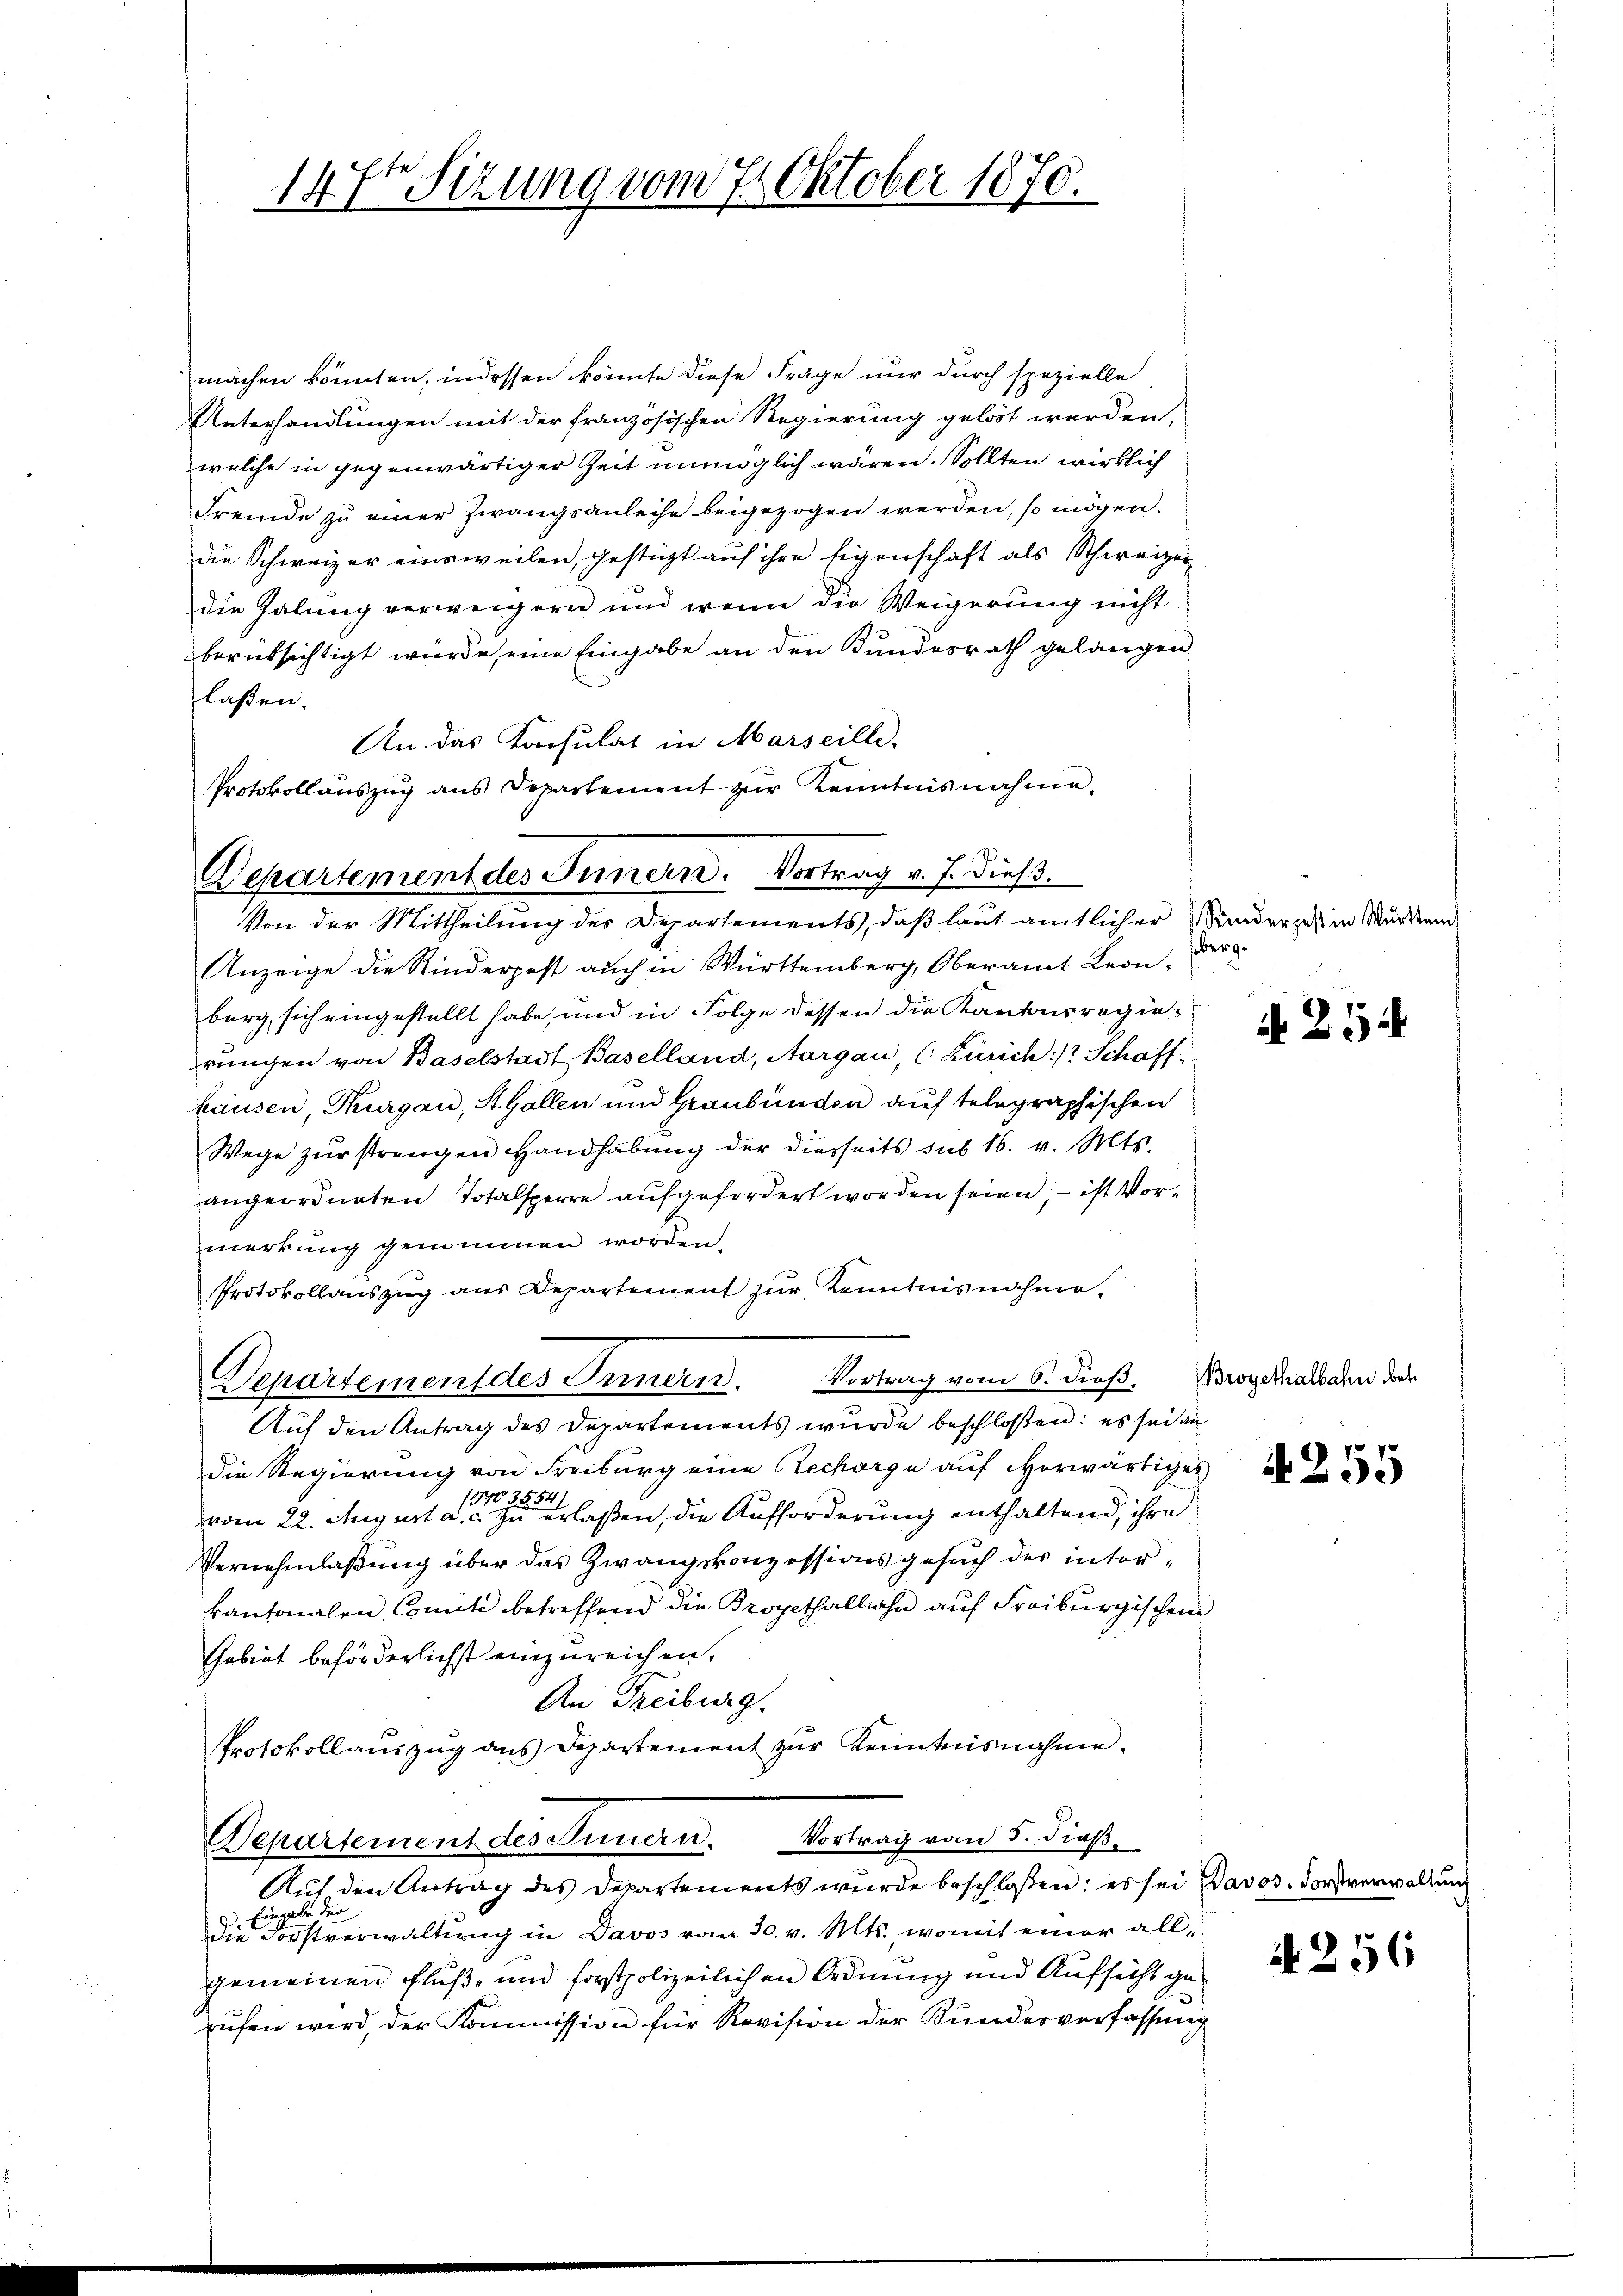
Departement des Innern. Vortrag v. J. dieß.
Von der Mittheilung des Departements, daß laut amtlicher Kinder zu in Murkam

147r Sitzung vom 7. Oktober 1870.

machen könnten, indessen könnte diese Frage nur durch spezielle
Unterhandlungen mit der französischen Regierung gelöst werden,
welche in gegenwärtiger Zeit unmöglich wären. Sollten wirklich
Fremde zu einer Zwangsanleihe beigezogen werden, so mögen.
die Schweizer einsweilen, gestützt auf ihre Eigenschaft als Schweizer-
die Zalung verweigern und wenn die Weigerung nicht
berüksichtigt wurde, eine Eingabe an den Bundesrath gelangen
lassen.
Kn. das Konsulat in Marseille.
Protokollauszug aus Departement zŭr Kenntnisnahme.

Anzeige die Rinderpest auch in Württemberg, Oberamt Leonburg, sich eingestellt habe, und in Folge dessen die Kantonsregierungen von Baselstadt Baselland, Aargau, (Zürich :/ Schaffhausen, Thurgau, St. Gallen und Graubünden auf telegraphischen
Wege zŭr strengen Handhabung der diesseits sub 16. v. Mts.
angeordneten Totalsperre aufgefordert worden seien, – ist Vormerkung genommen worden.
Protokollauszug aus Departement zur Kenntnisnahme,
Departement des Innern. Vortrag vom 6. dieß. Brogerhalbahn doch
Auf den Antrag des Departements wurde beschloßen: es sei an
die Regierung von Freiburg eine Recharge auf vorwärtiges
vom 22. August an einen zu erlaßen, die Aufforderung enthaltend, ihre
Vernehmlaßung über das Zwangskonzessionsgesuch des intorkantonalen Comite betreffend die Propethalliahn aŭf Freiburgischen
Gebiet beförderlichst einzureichen.
An Freiburg.
Protokollauszug aus Departement zur Kenntnisnahme.
Vortrag vom 5. dieß.
Departement des Innern.
Aŭf den Antrag des Departements wurde beschloßen: es sei Davos. Forstverwaltung
Eingabe der
die Forstverwaltung in Davos vom 30. v. Mts. womit einer allgemeinen Fluße und forstpolizeilichen Ordnung und Aufsicht gerufen wird, der Kommission für Revision der Kundesverfassung

berge

N 254

255

4256